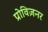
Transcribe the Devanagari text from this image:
प्रोविज़नर